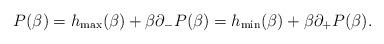
LaTeX: \begin{align*}P(\beta)=h_{\max}(\beta)+\beta \partial_-P(\beta)=h_{\min}(\beta)+\beta \partial_+P(\beta).\end{align*}